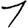
Digit: 1